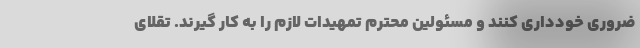
ضروری خودداری کنند و مسئولین محترم تمهیدات لازم را به کار گیرند. تقلای